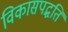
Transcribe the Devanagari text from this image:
विकासपद्धति